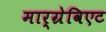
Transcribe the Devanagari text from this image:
मार्ग्रेविएट